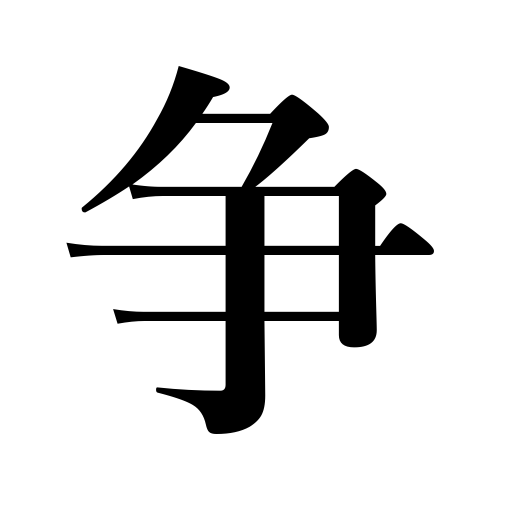
Meanings: argue,compete,dispute,be at variance